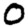
Digit: 0